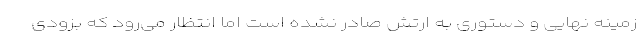
زمینه نهایی و دستوری به ارتش صادر نشده است اما انتظار می‌رود که بزودی